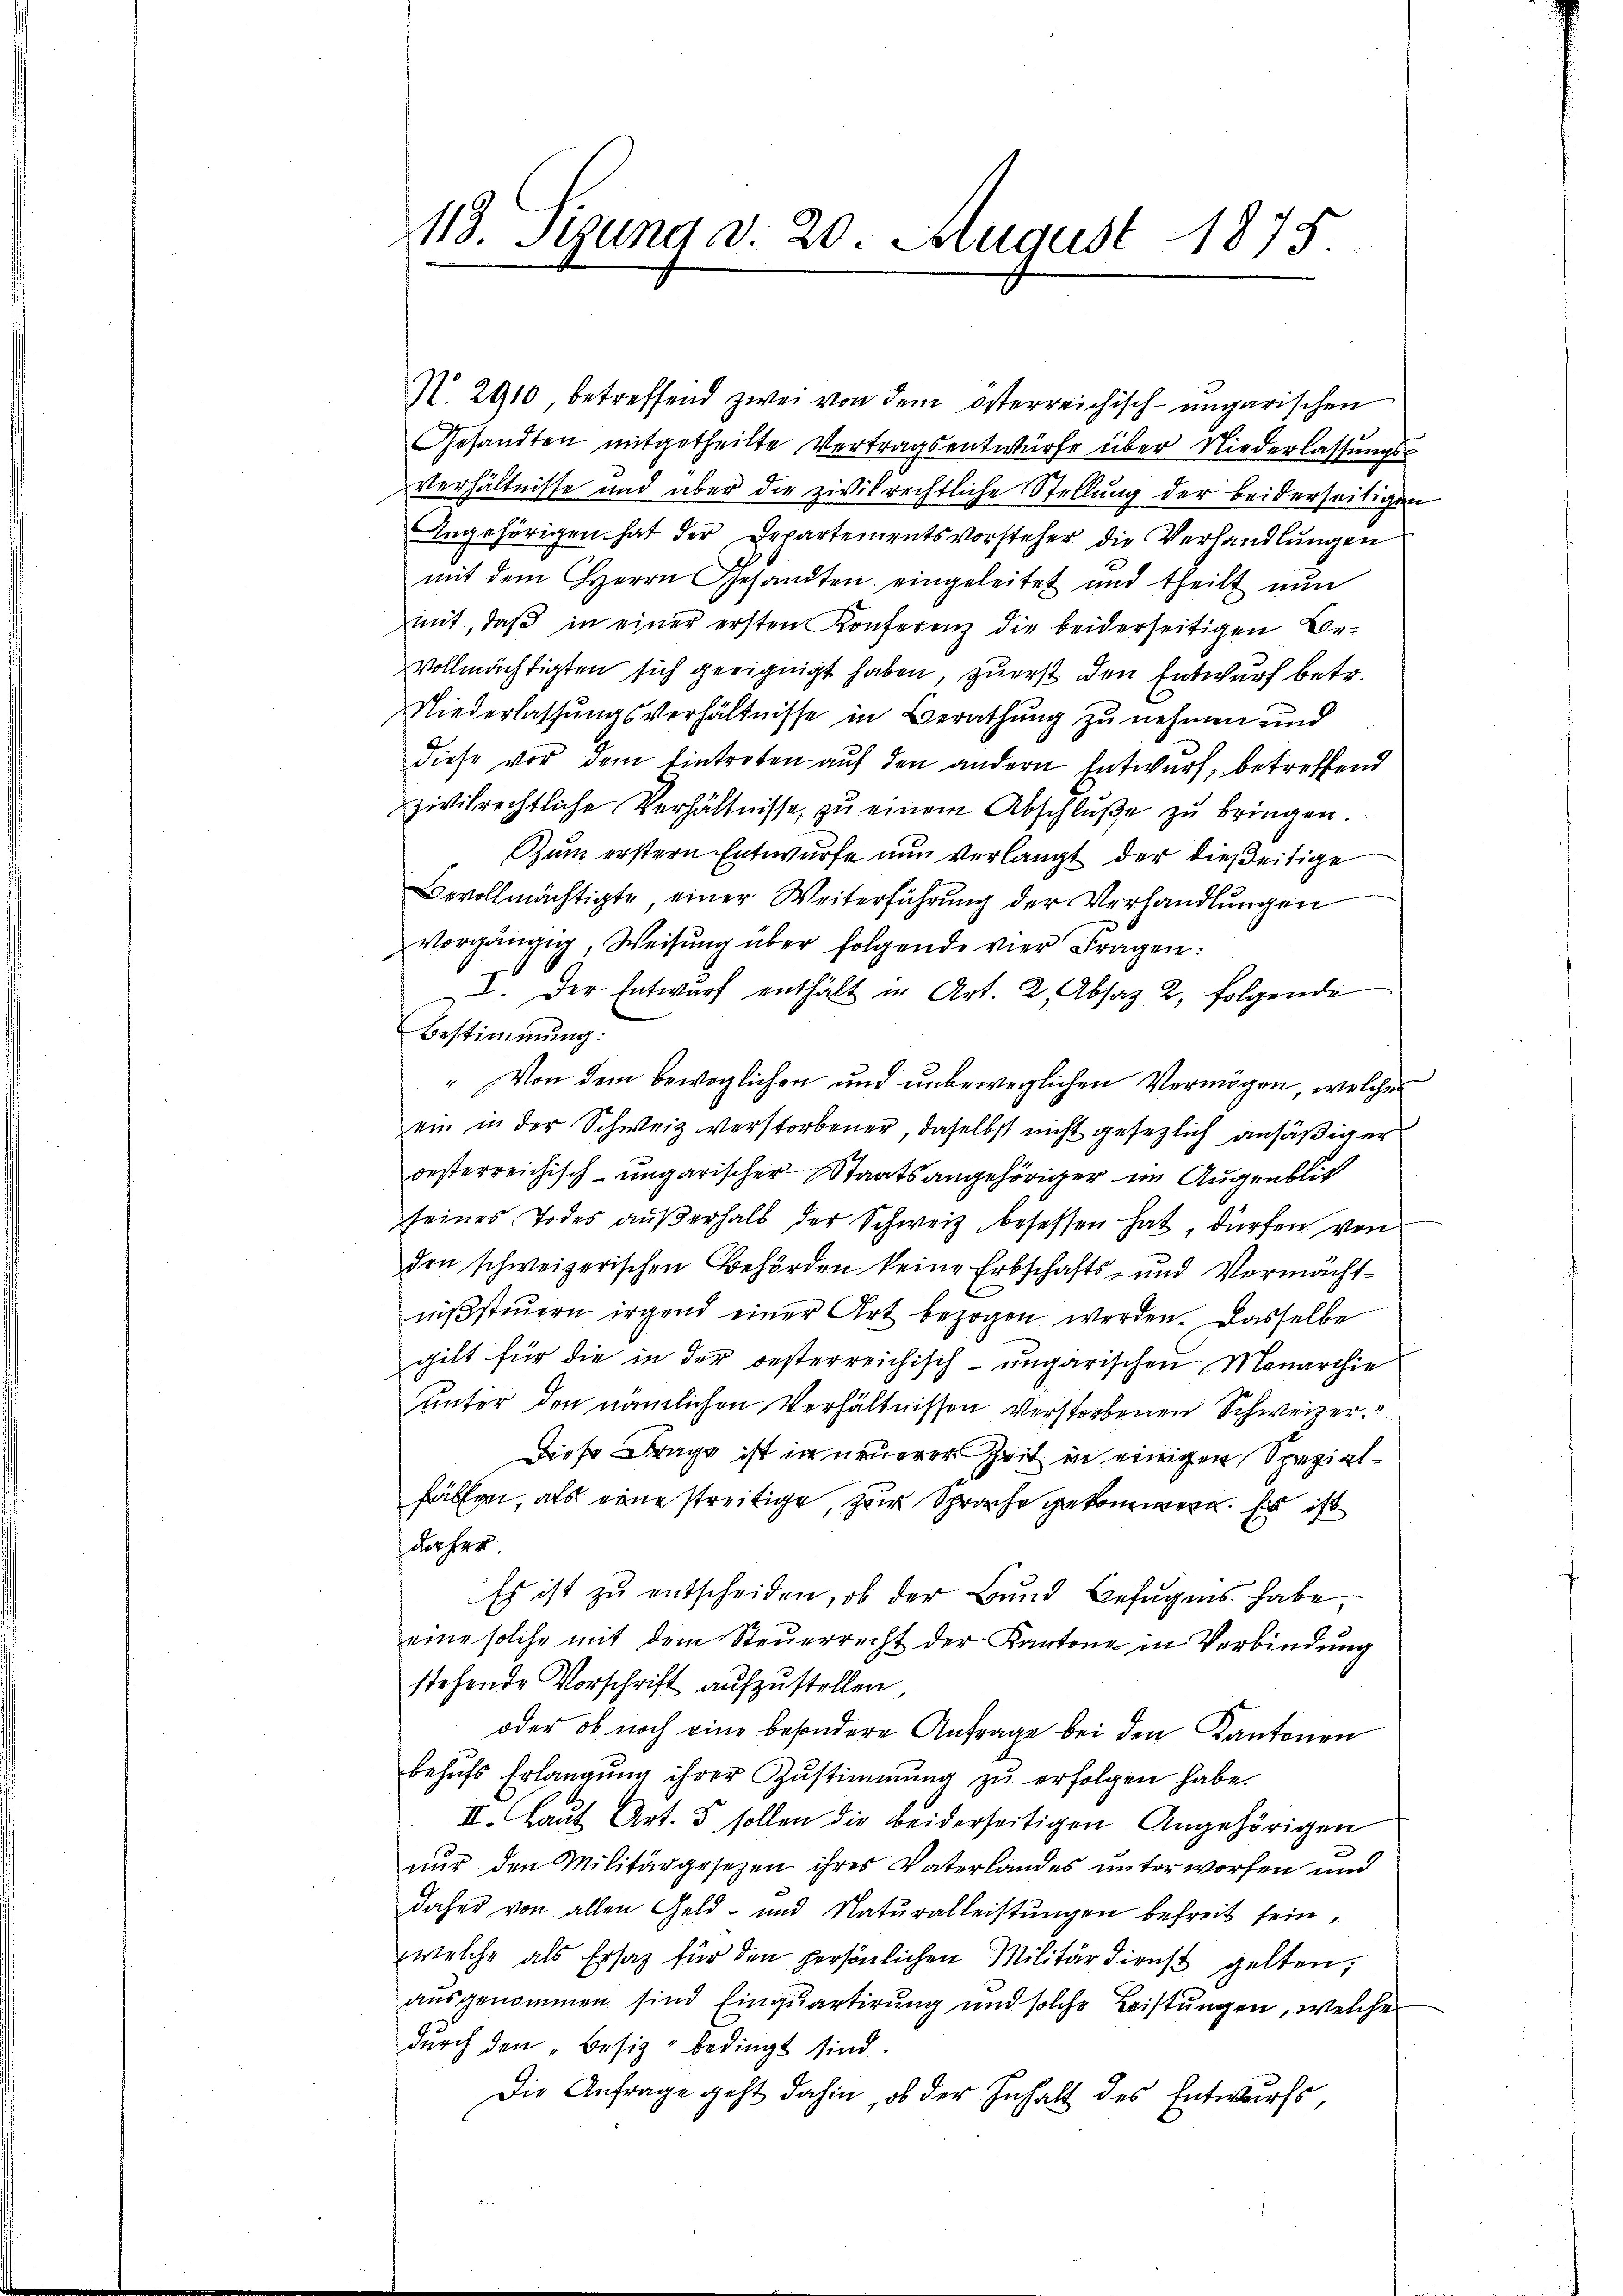
113. Setzung d. 20. August 1875.

N. 2910, betreffend zwei von dem österreichisch-ungarischen
Gesandten mitgetheilte Vertragsentwürfe über Niederlassungs¬
Verhältnisse und über die zivilrechtliche Stellung der beiderseitigen
Angehörigen hat der Departementsvorsteher die Verhandlungen
mit dem Herrn Gesandten eingeleitet und theilt nun
mit, daβ in einer ersten Konferenz die beiderseitigen Be-
vollmächtigten sich geeignigt haben, zuerst den Entwurf betr.
Niederlassungsverhältnisse in Berathung zu nehmen und
diese vor dem Eintreten auf den andern Entwurf, betreffend
zivilrechtliche Verhältnisse zŭ einem Abschlŭβe zŭ bringen.
Zum erstern Entwurfe nun verlangt der dießeitige
Bevollmächtigte einer Weiterführung der Verhandlungen
vorgängig, Weisung über folgende vier Fragen:
2. Der Entwurf enthält in Art. 2, Absaz 2, folgende
Bestimmung:
" Von dem beweglichen und unbeweglichen Vermögen, welches
ein in der Schweiz verstorbener, daselbst nicht gesezlich ansäßiger
desterreichisch-ungarischer Staatsangehöriger im Augenblick
seines Todes außerhalb der Schweiz besessen hat, dürfen von
den schweizerischen Behörden keine Erbschafts- und Vermächtniβsteŭern irgend einer Art bezogen werden. Dasselbe
gilt für die in der oesterreichisch-ungarischen Monarchie
unter den nämlichen Verhältnissen verstorbenen Schweizer¬
Diese Frage ist in neuerer Zeit in einigen Spezialfällen, als eine streitige, zur Sprache gekommern. Es ist
daher
Es ist zu entscheiden, ob der Bund Befugens habe,
eine solche mit dem Steŭerrecht der Kantone in Verbindung
stehende Vorschrift aufzustellen
oder ob noch eine besondere Anfrage bei den Kantonen
behŭfs Erlangŭng ihrer Zŭstimmung zŭ erfolgen habe.
III. Laŭt Art. 5 sollen die beiderseitigen Angehörigen
nur den Militärgesetzen ihres Vaterlandes unterworfen und
daher von allen Geld- und Natŭralleistŭngen befreit sein,
welche als Ersatz für den persönlichen Militärdienst gelten,
ausgenommen sind Einquartirung und solche Leistungen, welche
dŭrch den „Besiz bedingt sind.
Die Anfrage geht dahin, ob der Inhalt des Entwurfs